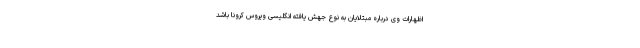
اظهارات وی درباره مبتلایان به نوع جهش یافته انگلیسی ویروس کرونا باشد